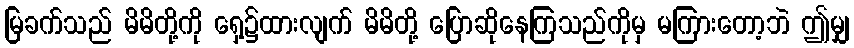
မြခက်သည် မိမိတို့ကို ရှေ့၌ထားလျက် မိမိတို့ ပြောဆိုနေကြသည်ကိုမှ မကြားတော့ဘဲ ဤမျှ